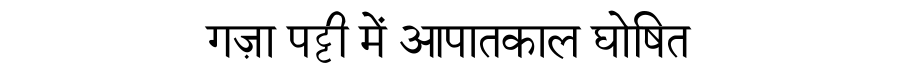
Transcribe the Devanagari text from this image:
गज़ा पट्टी में आपातकाल घोषित